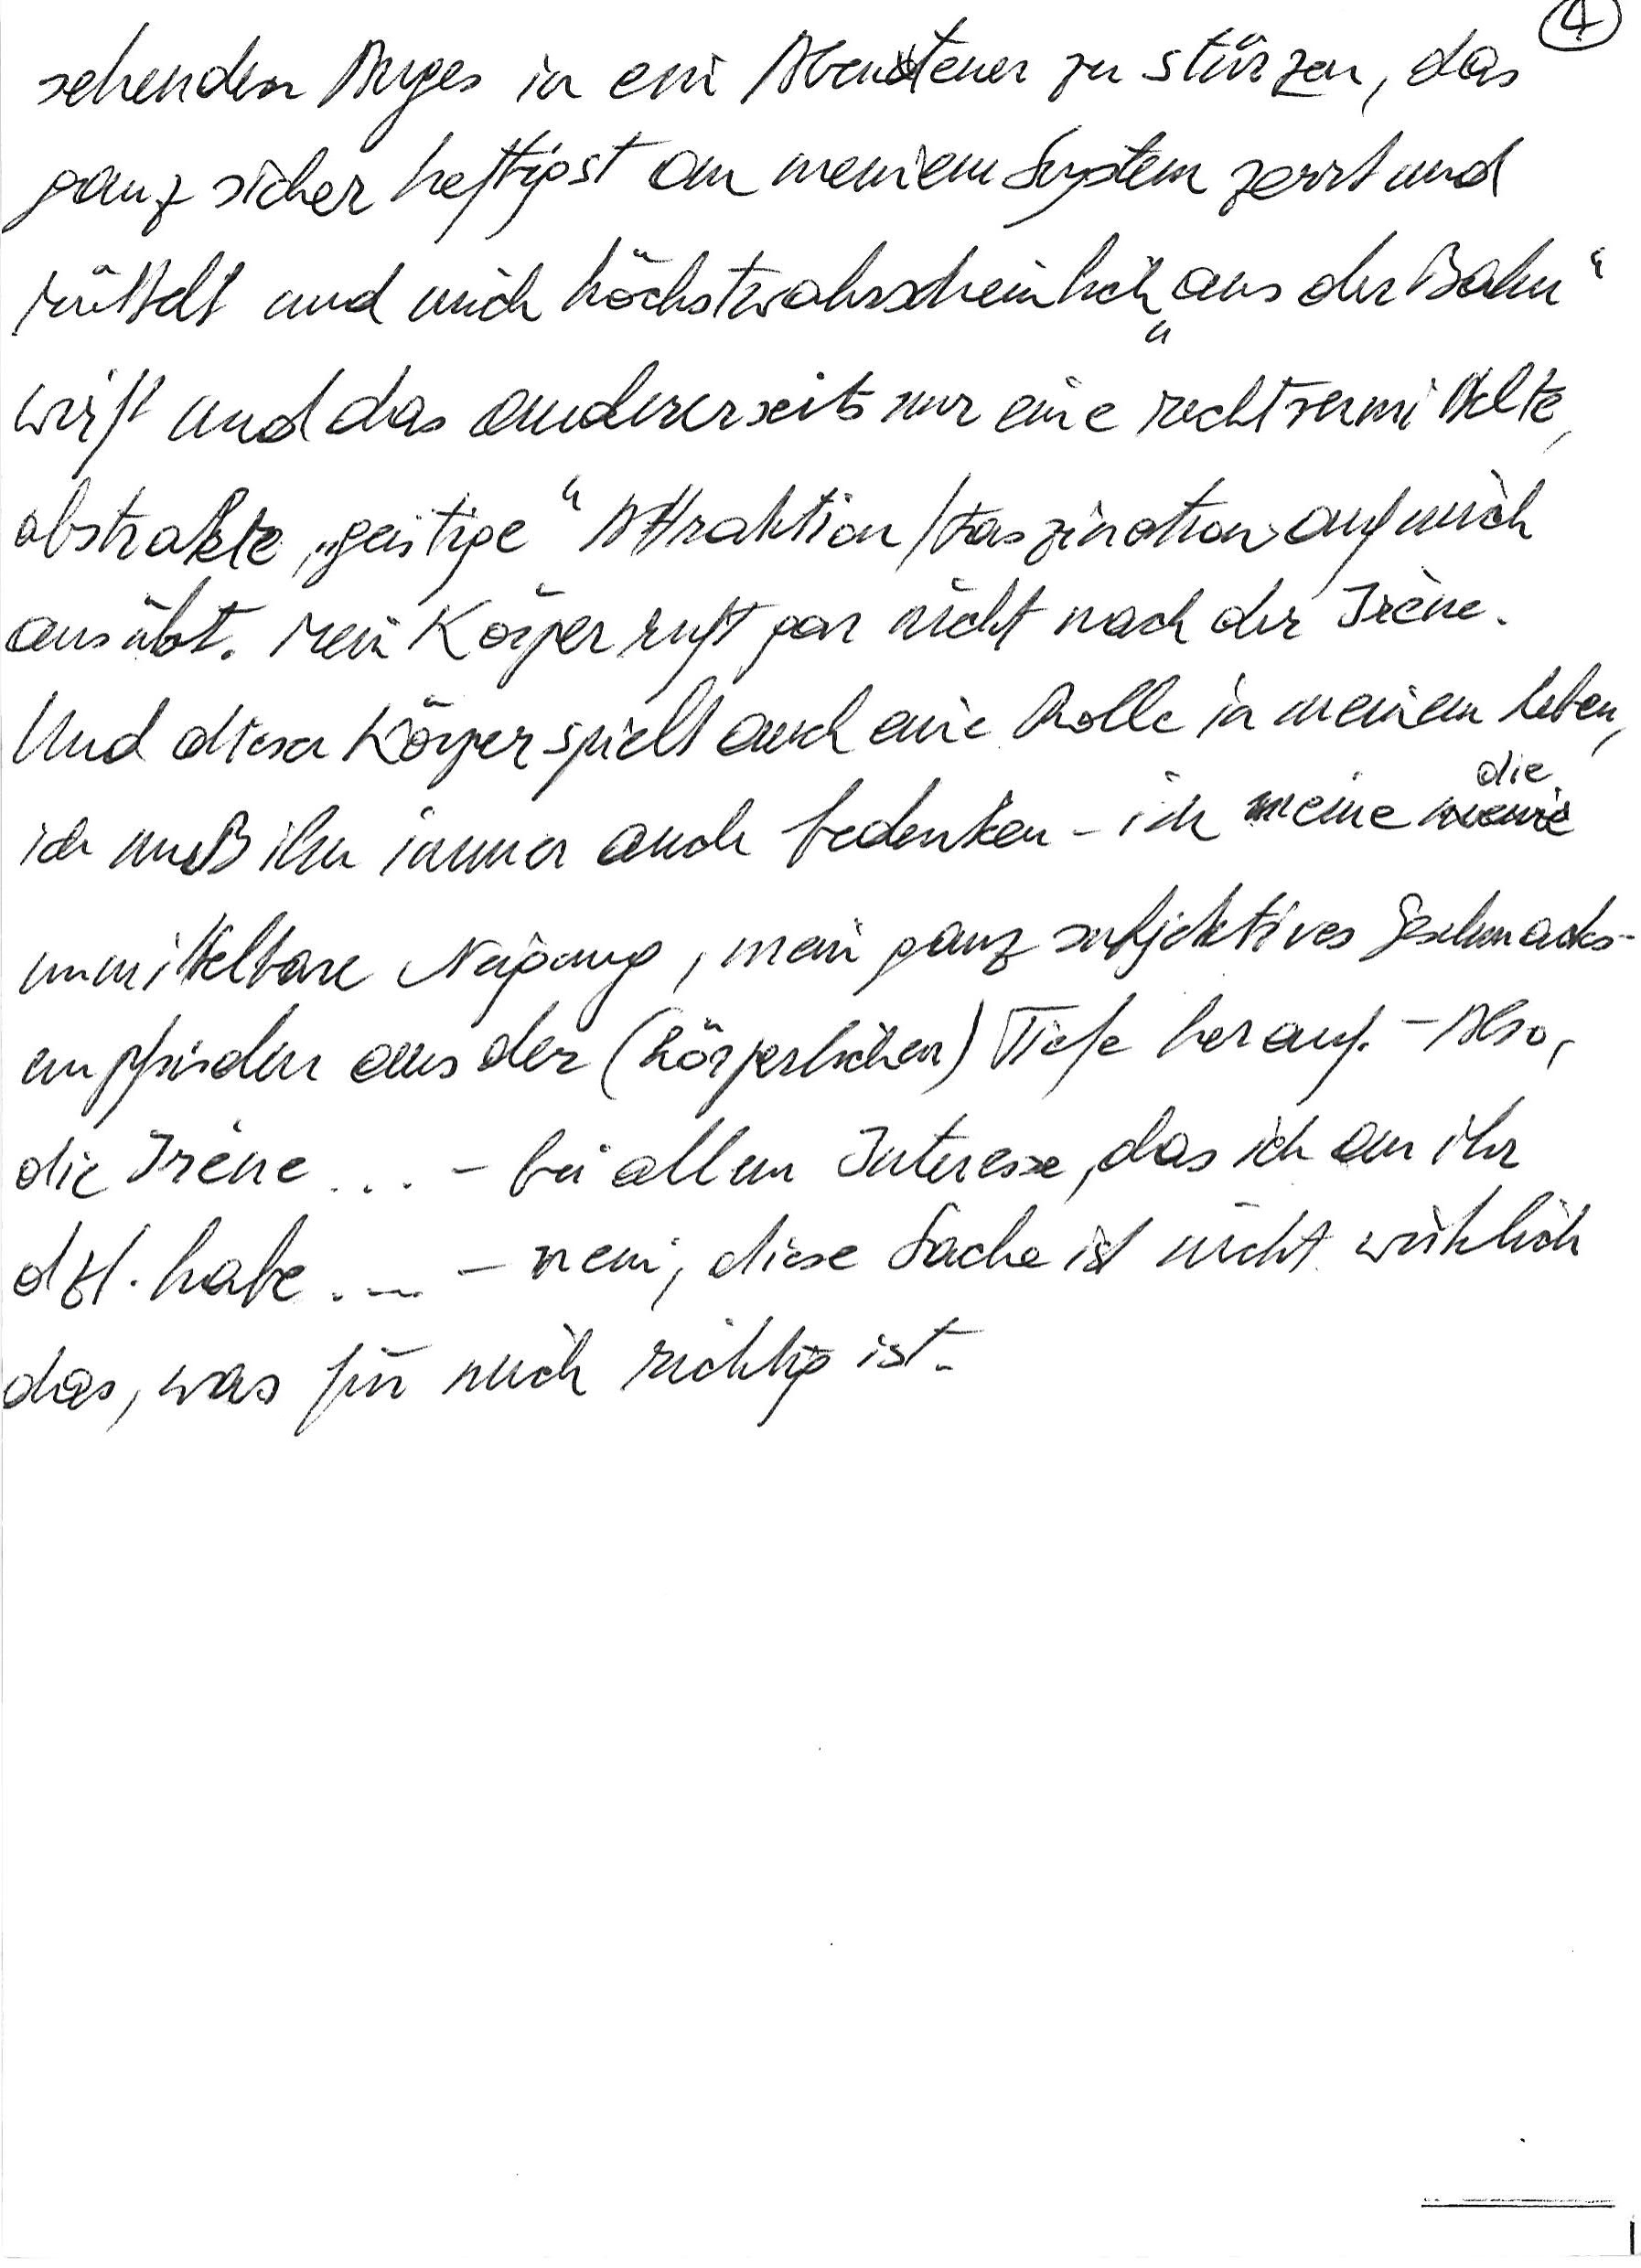
sehenden Auges in ein Abenteuer zu stürzen, das
ganz sicher heftigst an meinem System zerrt und
rüttelt und mich höchstwahrscheinlich „aus der Bahn“
wirft und das andererseits nur eine recht vermittelte,
abstrakte, „geistige“ Attraktion/Faszination auf mich
ausübt. Mein Körper ruft gar nicht nach der Irène.
Und dieser Körper spielt auch eine Rolle in meinem Leben,
ich muß ihn immer auch bedenken – ich meine die
unmittelbare Neigung, mein ganz subjektives Geschmacks-
empfinden aus der (körperlichen) Tiefe herauf. – Also,
die Irène … – bei allem Interesse, das ich an ihr
dzt. habe … – nein, diese Sache ist nicht wirklich
das, was für mich richtig ist.